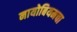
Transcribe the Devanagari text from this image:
नायोबियमचा